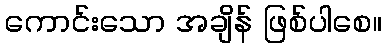
ကောင်းသော အချိန် ဖြစ်ပါစေ။